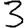
Digit: 3